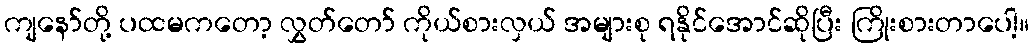
ကျနော်တို့ ပထမကတော့ လွှတ်တော် ကိုယ်စားလှယ် အများစု ရနိုင်အောင်ဆိုပြီး ကြိုးစားတာပေါ့။